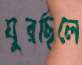
ঘুরছিলে